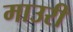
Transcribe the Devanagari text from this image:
माउरी